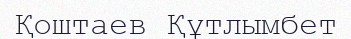
Қоштаев Құтлымбет